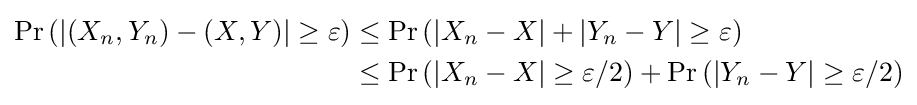
{\begin{aligned}\operatorname {Pr} \left(\left|(X_{n},Y_{n})-(X,Y)\right|\geq \varepsilon \right)&\leq \operatorname {Pr} \left(|X_{n}-X|+|Y_{n}-Y|\geq \varepsilon \right)\\&\leq \operatorname {Pr} \left(|X_{n}-X|\geq \varepsilon /2\right)+\operatorname {Pr} \left(|Y_{n}-Y|\geq \varepsilon /2\right)\end{aligned}}